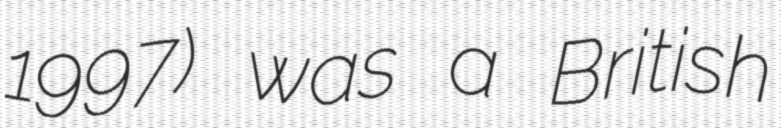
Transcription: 1997) was a British